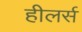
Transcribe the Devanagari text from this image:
हीलर्स